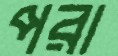
পরা